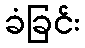
ခံခြင်း